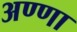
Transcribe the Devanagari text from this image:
अण्‍णा